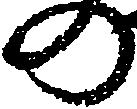
の